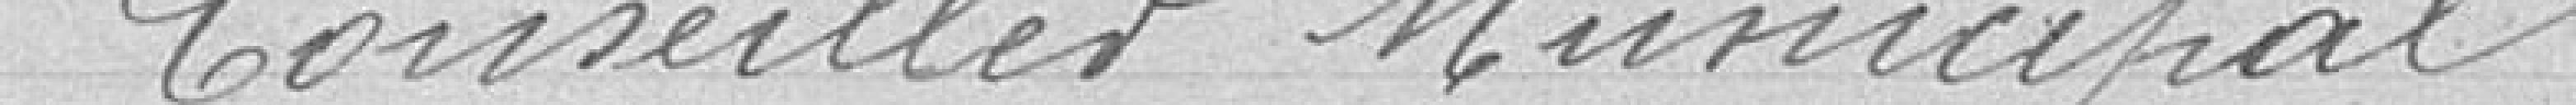
Conseiller Municipal